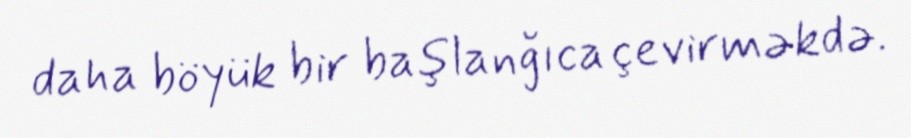
daha böyük bir başlanğıca çevirməkdə.